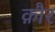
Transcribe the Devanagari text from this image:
क़ौर